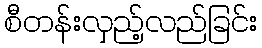
စီတန်းလှည့်လည်ခြင်း